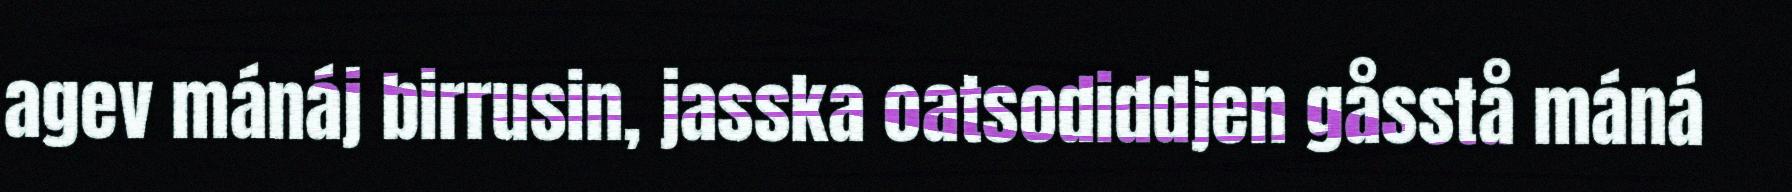
agev mánáj birrusin, jasska oatsodiddjen gåsstå máná